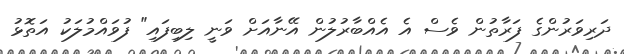
ދަރިވަރުންގެ ފަރާތުން ވެސް އެ އެއްބާރުލުން އޭނާއަށް ވަނީ ލިބިފައި" ފުވައްމުލަކު އަތޮޅު